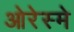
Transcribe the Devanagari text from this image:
ओरेस्मे